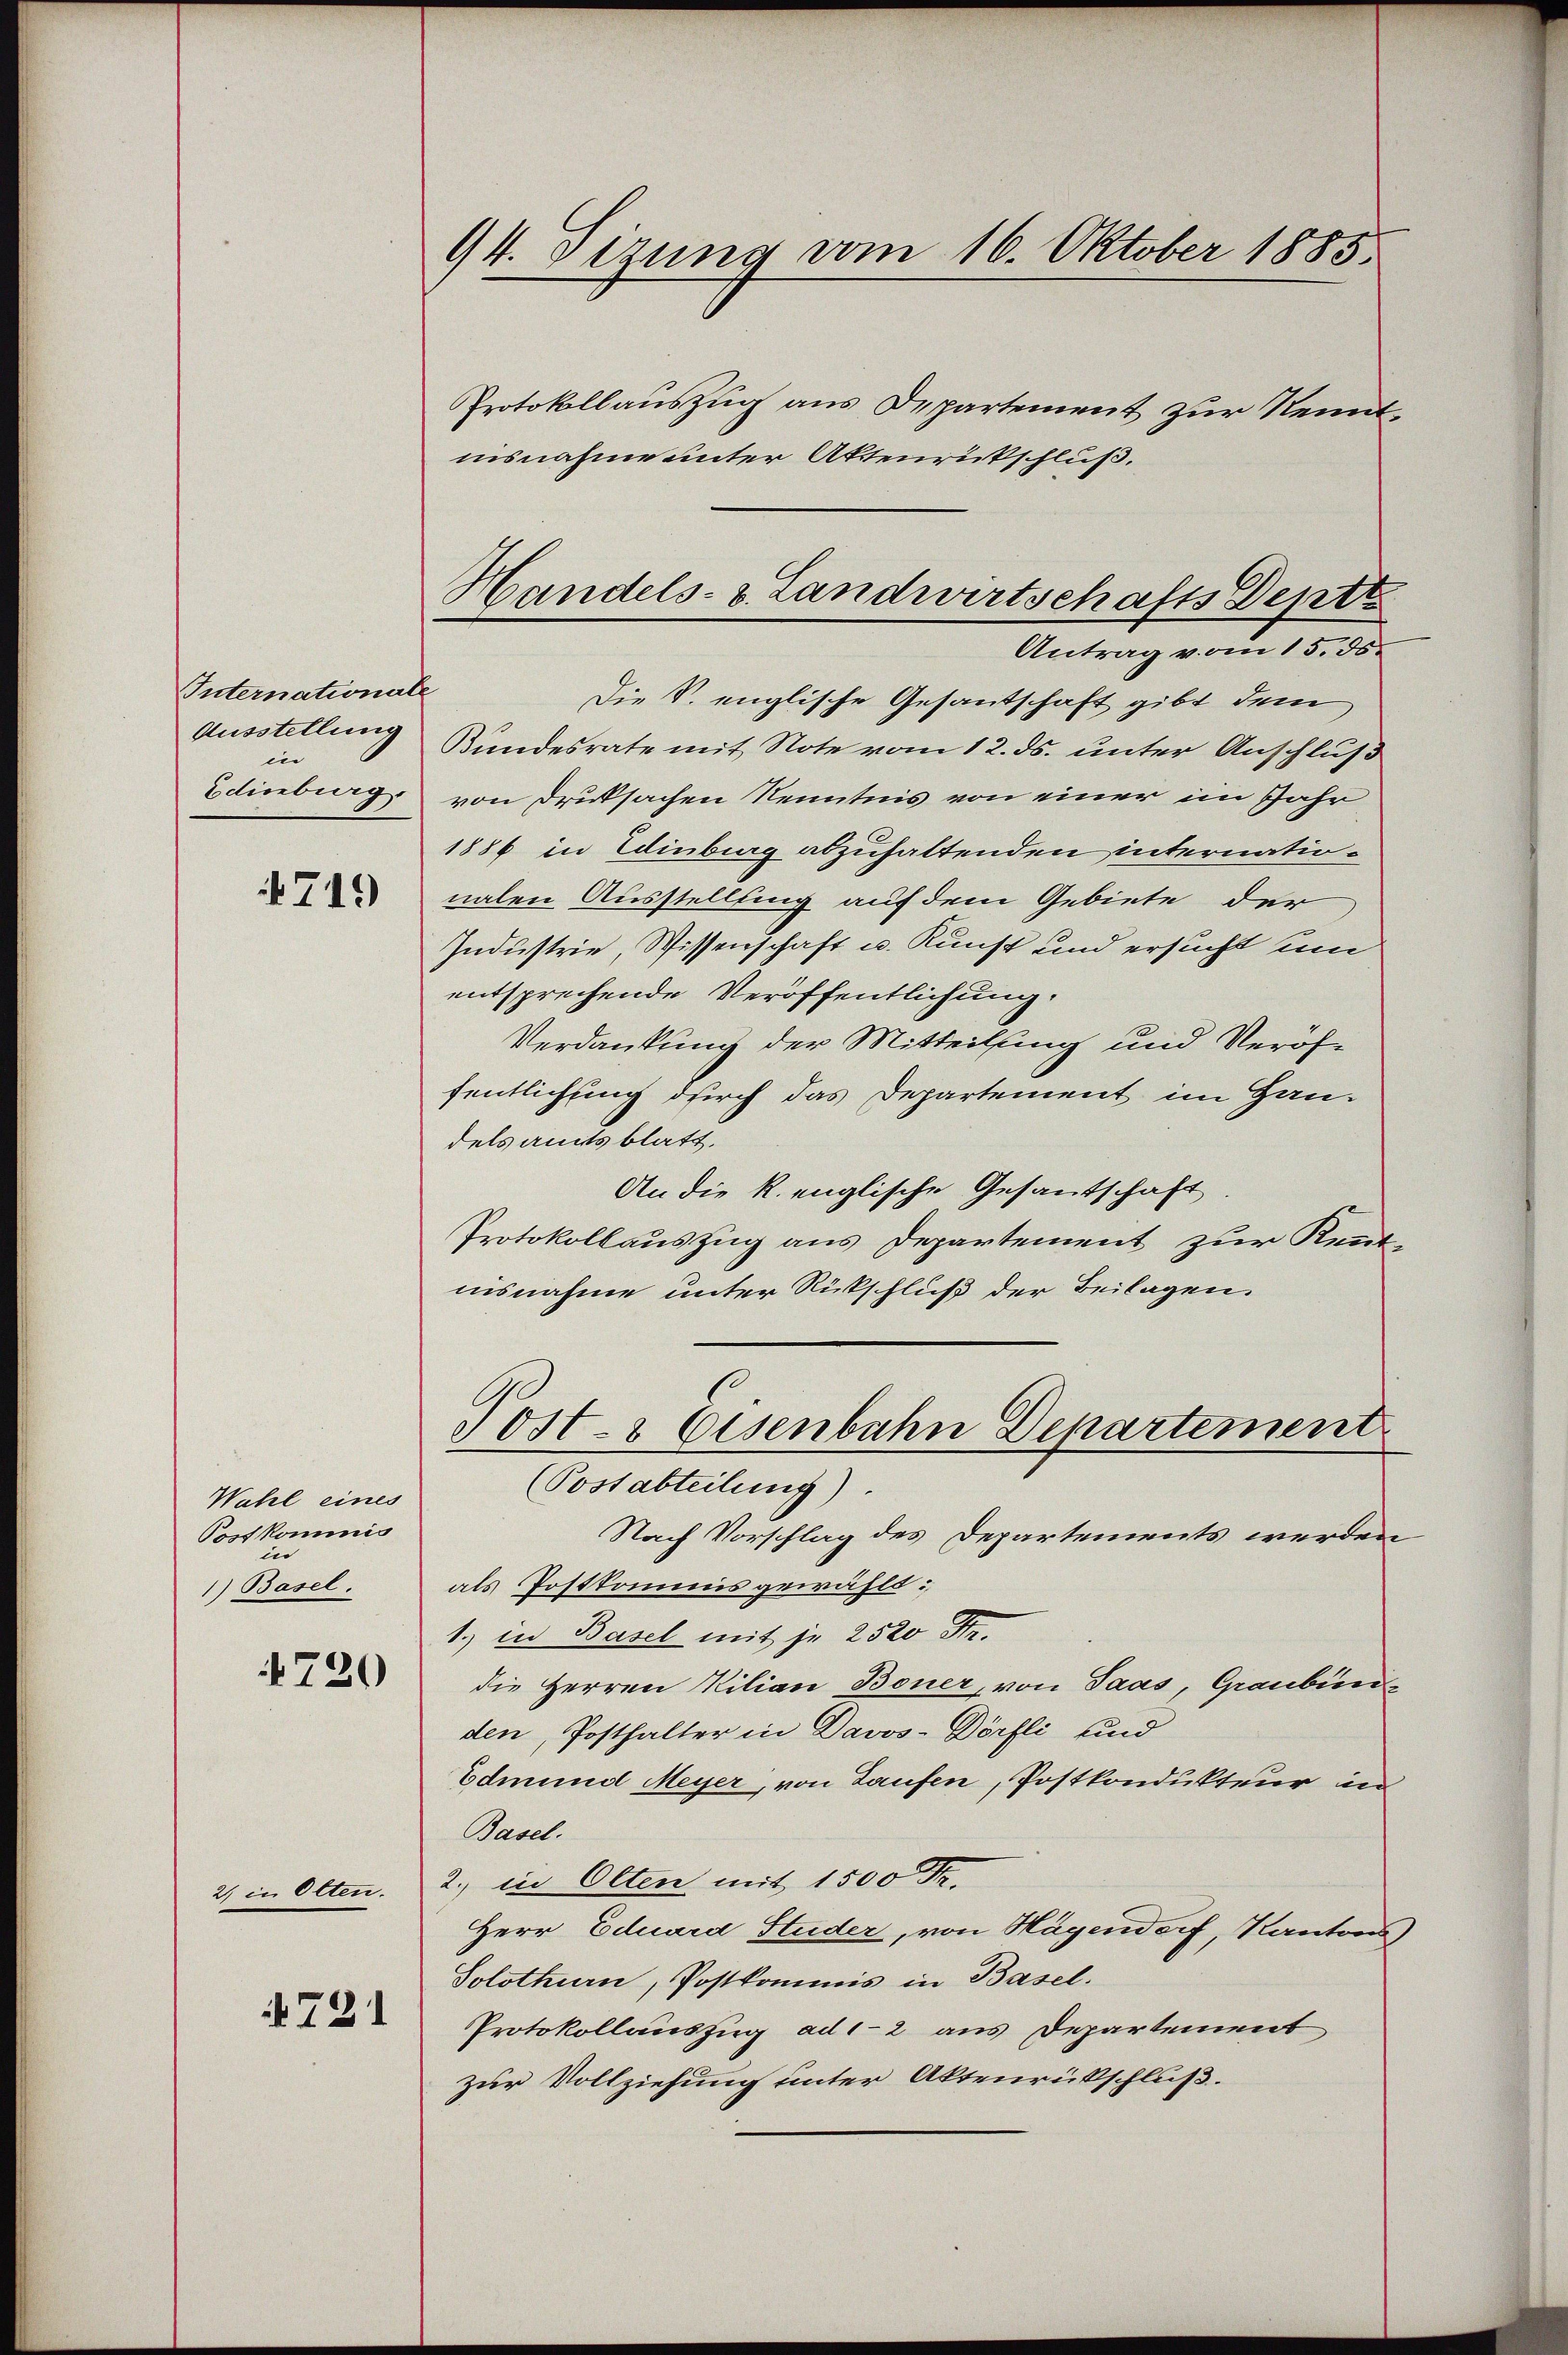
Internationale
Ausstellung
in
Edinberg.

4719

Wahl eines
Postkommis
in
1) Basel.

720

2) in Olten.

721

94. Sizung vom 16. Oktober 1885.

Protokollauszug aus Departement zur Kenntinsnahme unter Aktenrückschluß.
Antrag vom 15. ds.
Die S. englische Gesantschaft gibt dem
Bundesrate mit Note vom 12. ds. unter Anschluß
von Druksachen Kenntnis von einer im Jahr
1886 in Edinburg abzuhaltenden internationalen Ausstellung auf dem Gebiete der
Industrie, Wissenschaft u. Kunst und ersucht um
entsprechende Veröffentlichung.
Verdankung der Mitteilung und Veröffentlichung durch das Departement im Handels amtsblatt.
An die k. englische Gesantschaft.
Protokollauszug aus Departement zur Kenntnisnahme unter Rückschluß der Beilagen.
Post- & Eisenbahn Departement
(Postabteilung).
Nach Vorschlag des Departements werden
als Postkommnis gewählt:
1.) in Basel mit je 2520 Fr.
die Herren Kilian Boner, von Paas, Graubündden, Posthalter in Davos-Dörfli und
Edmund Meyer, von Laufen, Postkondukteur in
Basel.
2., in Olten mit 1500 Fr.
Herr Eduard Studer, von Hagendorf, Kantons
Solothurn, Postkommis in Basel.
Protokollauszug ad 1-2 aus Departement
zur Vollziehung unter Aktenrückschluß.

Handels- & Landwirtschafts Deptt